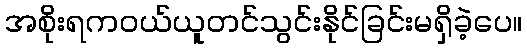
အစိုးရကဝယ်ယူတင်သွင်းနိုင်ခြင်းမရှိခဲ့ပေ။